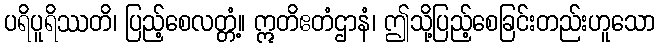
ပရိပူရိဿတိ၊ ပြည့်စေလတ္တံ့။ ဣတိဧတံဌာနံ၊ ဤသို့ပြည့်စေခြင်းတည်းဟူသော